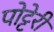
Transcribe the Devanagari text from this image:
पोट्टेरी